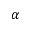
\alpha